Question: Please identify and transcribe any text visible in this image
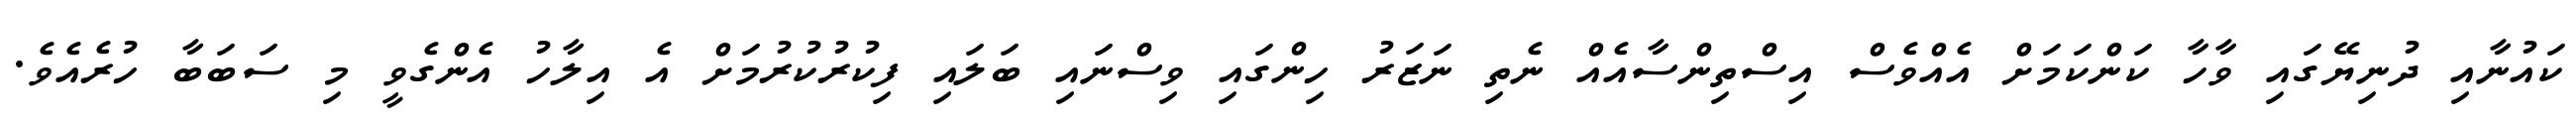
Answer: ކައުނާއި ދުނިޔޭގައި ވާހާ ކަންކަމަށް އެއްވެސް އިސްތިންސާއެއް ނެތި ނަޒަރު ހިންގައި ވިސްނައި ބަލައި ފިކުރުކުރުމަށް އެ އިލާހު އެންގެވީ މި ސަބަބާ ހުރެއެވެ.